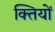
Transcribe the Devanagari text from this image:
क्तियों